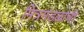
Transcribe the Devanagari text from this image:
मित्रमंडळांची